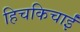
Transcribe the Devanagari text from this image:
हिचकिचाईं